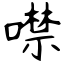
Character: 噤